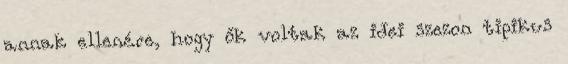
annak ellenére, hogy ők voltak az idei szezon tipikus